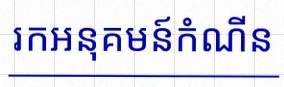
រកអនុគមន៍កំណើន